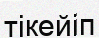
тікейіп